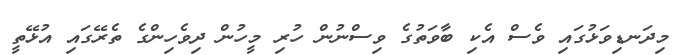
މިދަނޑިވަޅުގައި ވެސް އެކި ބާވަތުގެ ވިސްނުން ހުރި މީހުން ދިވެހިންގެ ތެރޭގައި އުޅޭތީ